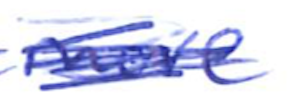
Text: more
Cross-out: scratch
Writing tool: ballpoint